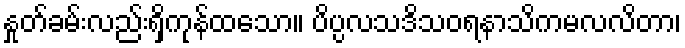
နှုတ်ခမ်းလည်းရှိကုန်ထသော။ ပိပ္ပလသဒိသဝရနာသိကမလလိတာ၊